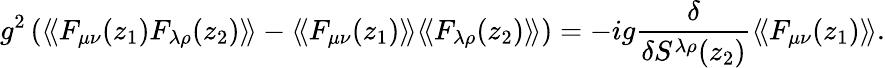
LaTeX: g^{2}\left(\langle\! \langle F_{\mu\nu}(z_{1})F_{\lambda\rho}(z_{2})\rangle\! \rangle-\langle\! \langle F_{\mu\nu}(z_{1})\rangle\! \rangle\langle\! \langle F_{\lambda\rho}(z_{2})\rangle\! \rangle\right)=-ig{\frac{\delta}{\delta S^{\lambda\rho}(z_{2})}}\langle\! \langle F_{\mu\nu}(z_{1})\rangle\! \rangle.